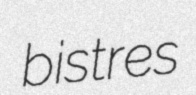
bistres